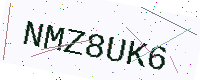
Text: NMZ8UK6